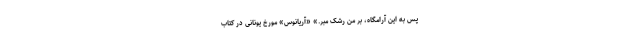
پس به این آرامگاه، بر من رَشک مبر.» «آریانوس» مورخ یونانی در کتاب